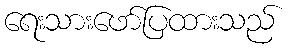
ရေးသားဖော်ပြထားသည်